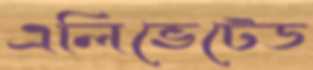
এলিভেটেড